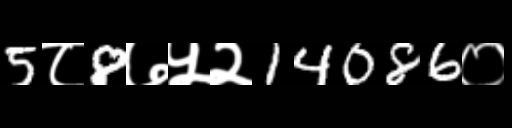
Text: 5८8७५२14086०